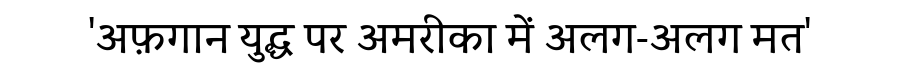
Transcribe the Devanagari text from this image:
'अफ़गान युद्ध पर अमरीका में अलग-अलग मत'